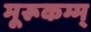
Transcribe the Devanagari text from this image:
मूरूकम्म्